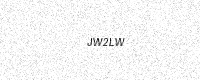
Text: JW2LW